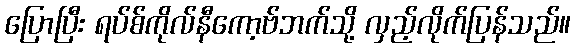
ပြောပြီး ရပ်စ်ကိုလ်နီကော့ဗ်ဘက်သို့ လှည့်လိုက်ပြန်သည်။